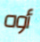
أوه